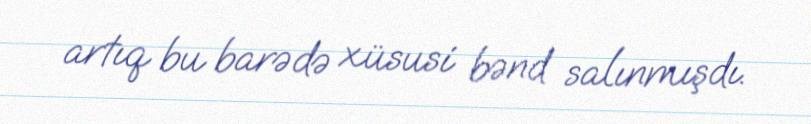
artıq bu barədə xüsusi bənd salınmışdı.